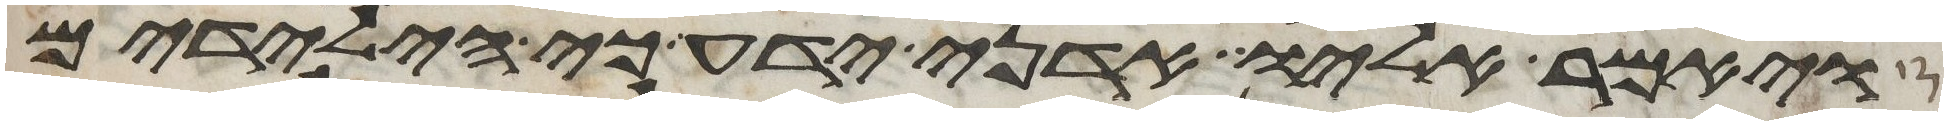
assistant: ויאמר אליו אדני ידע כי הילדים